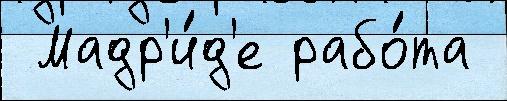
 Мадр'и́д'е рабо́та